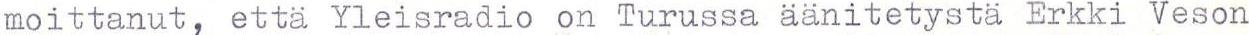
moittanut, että Yleisradio on Turussa äänitetystä Erkki Veson